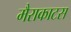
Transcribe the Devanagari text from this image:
मैराकाटस